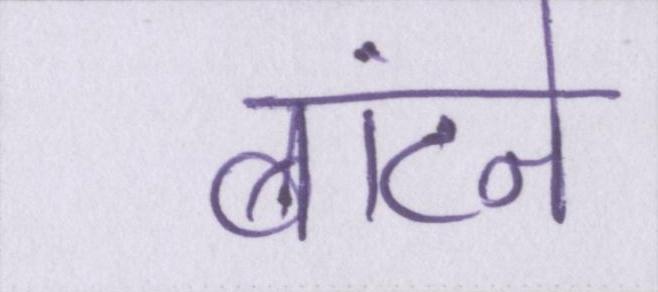
बांटने